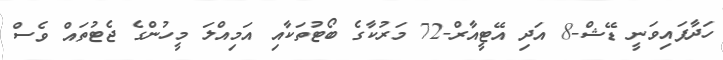
ހަދާފައިވަނީ ޑޭޝް-8 އަދި އޭޓީއާރް-72 މަރުކާގެ ބޯޓުތަކާއި އަމިއްލަ މީހުންގެ ޖެޓުތައް ވެސް